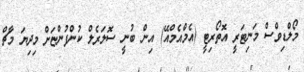
މޯލްޑިވްސް މަނިޓަރީ އޮތޯރިޓީ (އެމްއެމްއޭ) އިން ބުނީ ސޮލަރެލް ކުންފުންޏަށް މިދިޔަ މާޗް